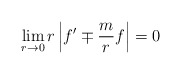
\begin{align*} \lim_{r \to 0} r \left| f' \mp \frac mr f \right| = 0\end{align*}